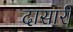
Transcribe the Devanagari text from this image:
दासारी